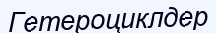
Гетероциклдер